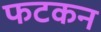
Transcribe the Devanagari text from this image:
फटकन